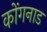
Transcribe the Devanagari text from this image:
कोंगनाड